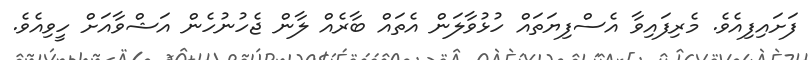
ފަށައިފިއެވެ. މެރިފައިވާ އެސްފިޔަތައް ހުޅުވާލަން އެތައް ބާރެއް ލާން ޖެހުނުހެން އަޝްވާއަށް ހީވިއެވެ.